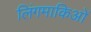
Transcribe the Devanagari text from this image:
लिंगमाकिओं